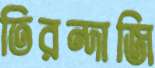
তিরন্দাজি